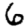
Digit: 6